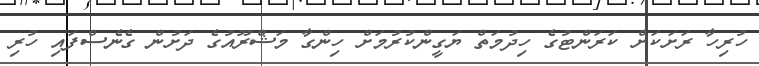
ހުރިހާ ރަށަކަށް ކަރަންޓުގެ ހިދުމަތް ޔަގީންކުރުމަށް ހިންގާ މަޝްރޫއުގެ ދަށުން ގެނެސްފައި ހުރި